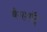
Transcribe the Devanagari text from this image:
बैगशॉट्